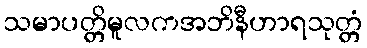
သမာပတ္တိမူလကအဘိနီဟာရသုတ္တံ